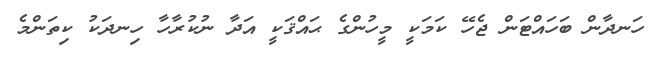
ހަނދާން ބަހައްޓަން ޖެހޭ ކަމަކީ މީހުންގެ ޙައްޤަކީ އަދާ ނުކުރާހާ ހިނދަކު ކިތަންމެ